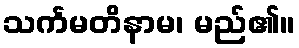
သင်္ကမတိနာမ၊ မည်၏။